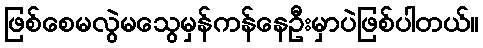
ဖြစ်စေမလွဲမသွေမှန်ကန်နေဦးမှာပဲဖြစ်ပါတယ်။